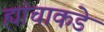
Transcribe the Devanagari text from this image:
ह्यांचाकडे